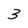
Character: 3